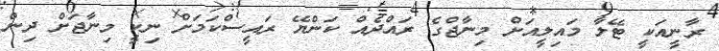
ރާނީއަކީ ޓޭލާ މައިލީއަށް މިނާޖްގެ ރައްދެއް ކަންޔޭ ރައީސްކަމަށް ނިކީ މިނާޖަށް ދިން